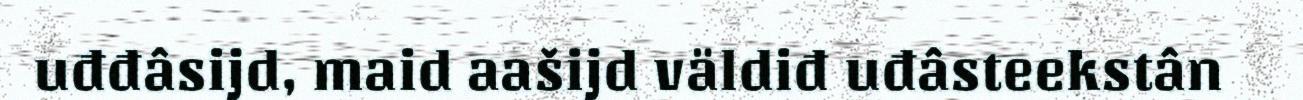
uđđâsijd, maid aašijd väldiđ uđâsteekstân